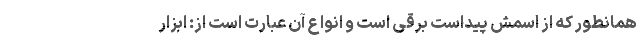
همانطور که از اسمش پیداست برقی است و انواع آن عبارت است از: ابزار